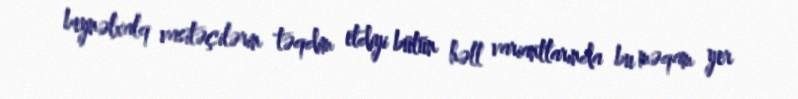
beynəlxalq vasitəçilərin təqdim etdiyi bütün həll variantlarında bu məqam yer